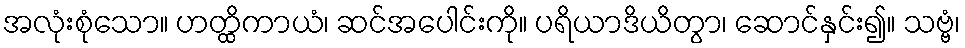
အလုံးစုံသော။ ဟတ္ထိကာယံ၊ ဆင်အပေါင်းကို။ ပရိယာဒိယိတွာ၊ ဆောင်နှင်း၍။ သဗ္ဗံ၊